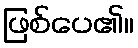
ဖြစ်ပေ၏။